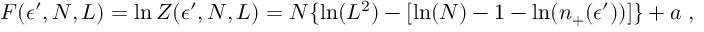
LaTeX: F ( \epsilon ^ { \prime } , N , L ) = \ln Z ( \epsilon ^ { \prime } , N , L ) = N \{ \ln ( L ^ { 2 } ) - [ \ln ( N ) - 1 - \ln ( n _ { + } ( \epsilon ^ { \prime } ) ) ] \} + a \; ,